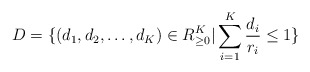
\begin{align*} D=\{(d_1,d_2,\ldots,d_K)\in R_{\geq 0}^K| \sum_{i=1}^K\frac{d_i}{r_i}\leq 1\}\end{align*}